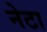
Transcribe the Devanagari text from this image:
नेटा